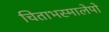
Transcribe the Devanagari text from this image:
चिताभस्मालेपो